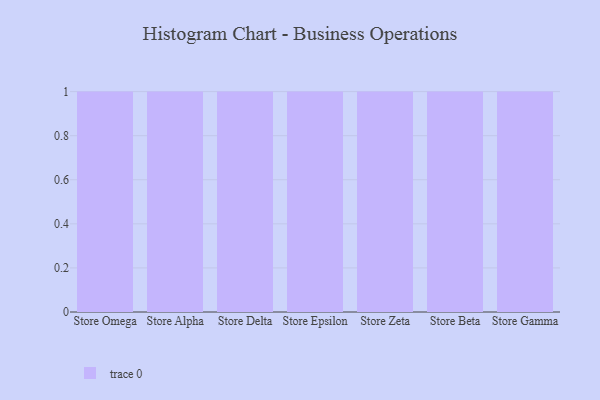
{"axis": {"x": "Store", "y": "Tickets Resolved"}, "legend": [""], "data": [{"x": "Store Omega", "y": 32, "type": ""}, {"x": "Store Alpha", "y": 45, "type": ""}, {"x": "Store Delta", "y": 63, "type": ""}, {"x": "Store Epsilon", "y": 57, "type": ""}, {"x": "Store Zeta", "y": 73, "type": ""}, {"x": "Store Beta", "y": 7, "type": ""}, {"x": "Store Gamma", "y": 91, "type": ""}]}